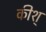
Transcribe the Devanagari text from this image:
कीश्